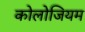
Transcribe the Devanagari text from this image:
कोलोजियम